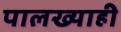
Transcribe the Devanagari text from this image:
पालख्याही